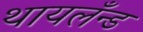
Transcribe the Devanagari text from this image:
थायलँन्ड